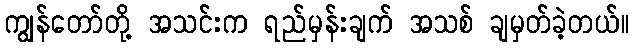
ကျွန်တော်တို့ အသင်းက ရည်မှန်းချက် အသစ် ချမှတ်ခဲ့တယ်။